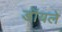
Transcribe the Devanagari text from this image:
डॉयले